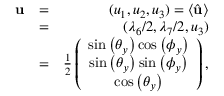
\begin{array} { r l r } { { \bf u } } & { = } & { ( u _ { 1 } , u _ { 2 } , u _ { 3 } ) = \langle \hat { \bf u } \rangle } \\ & { = } & { ( \lambda _ { 6 } / 2 , \lambda _ { 7 } / 2 , u _ { 3 } ) } \\ & { = } & { \frac { 1 } { 2 } \left( \begin{array} { c } { \sin \left( \theta _ { y } \right) \cos \left( \phi _ { y } \right) } \\ { \sin \left( \theta _ { y } \right) \sin \left( \phi _ { y } \right) } \\ { \cos \left( \theta _ { y } \right) } \end{array} \right) , } \end{array}